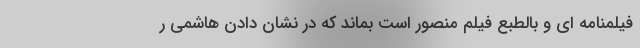
فیلمنامه ای و بالطبع فیلم منصور است بماند که در نشان دادن هاشمی ر